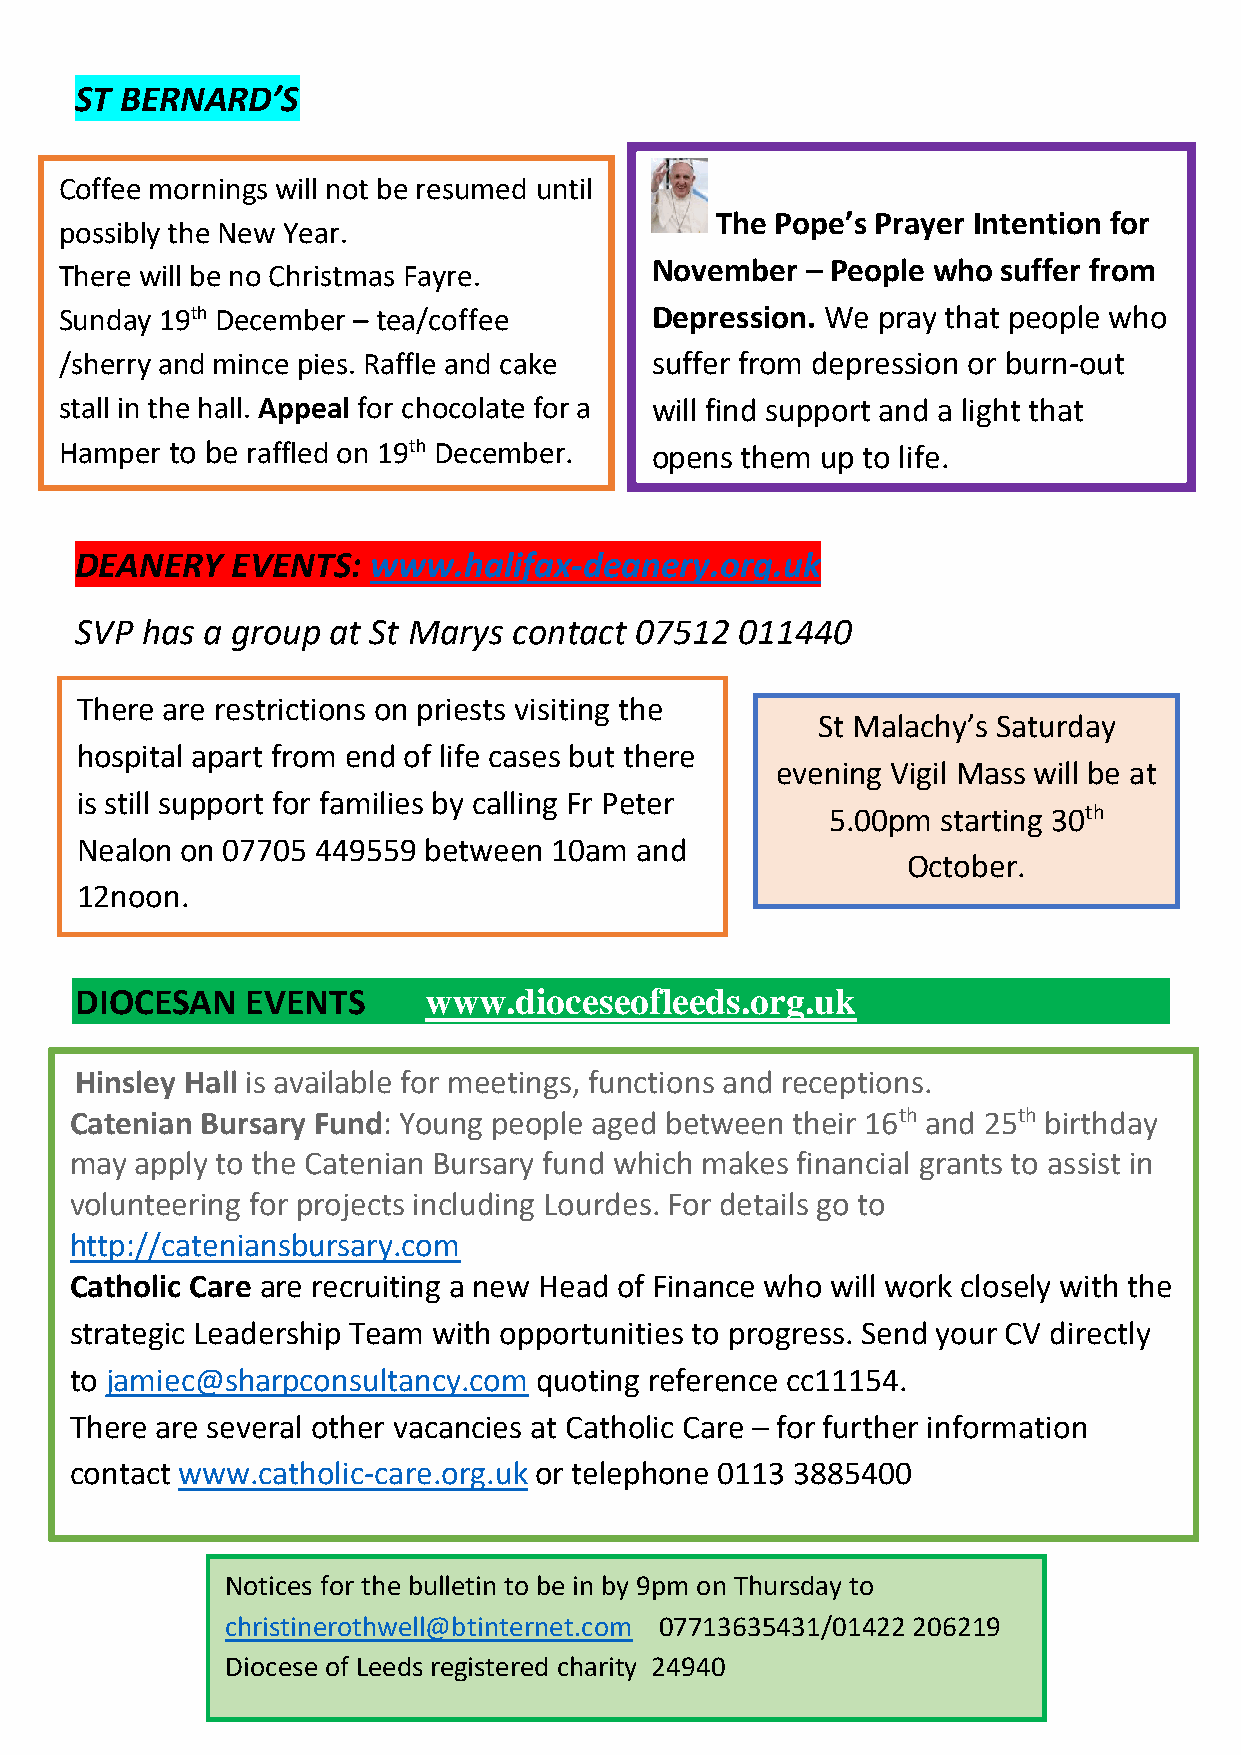
ST BERNARD’S
 Coffee mornings will not be resumed until
 The Pope’s Prayer Intention for
 possibly the New Year.
 November  – People who suffer from
 There will be no Christmas Fayre.
 Sunday 19th December – tea/coffee      Depression. We pray that people who
 /sherry and mince pies. Raffle and cake suffer from depression or burn-out
 stall in the hall. Appeal for chocolate for a will find support and a light that
 Hamper to be raffled on 19th December. opens them up to life.
 DEANERY   EVENTS:   www.halifax-deanery.org.uk
 SVP has a group  at St Marys contact 07512  011440
 There are restrictions on priests visiting the
 St Malachy’s Saturday
 hospital apart from end of life cases but there
 evening Vigil Mass will be at
 is still support for families by calling Fr Peter
 5.00pm starting 30th
 Nealon on 07705 449559 between  10am and
 October.
 12noon.
 DIOCESAN   EVENTS      www.dioceseofleeds.org.uk
 Hinsley Hall is available for meetings, functions and receptions.
 C atenian Bursary Fund: Young people aged between their 16th and 25th birthday
 may apply to the Catenian Bursary fund which makes financial grants to assist in
 volunteering for projects including Lourdes. For details go to
 http://cateniansbursary.com
 Catholic Care are recruiting a new Head of Finance who will work closely with the
 strategic Leadership Team with opportunities to progress. Send your CV directly
 to jamiec@sharpconsultancy.com quoting reference cc11154.
 There are several other vacancies at Catholic Care – for further information
 contact www.catholic-care.org.uk or telephone 0113 3885400
 Notices for the bulletin to be in by 9pm on Thursday to
 christinerothwell@btinternet.com 07713635431/01422 206219
 Diocese of Leeds registered charity 24940